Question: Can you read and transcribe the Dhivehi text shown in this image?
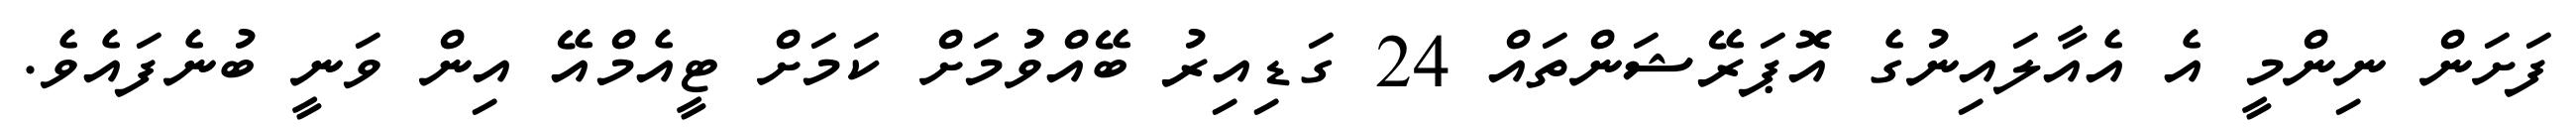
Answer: ފަށަން ނިންމީ އެ އެއާލައިނުގެ އޮޕަރޭޝަންތައް 24 ގަޑިއިރު ބޭއްވުުމަށް ކަމަށް ޓީއެމްއޭ އިން ވަނީ ބުނެފައެވެ.